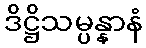
ဒိဋ္ဌိသမ္ပန္နာနံ